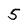
Character: 5